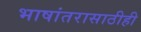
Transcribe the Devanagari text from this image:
भाषांतरासाठीही